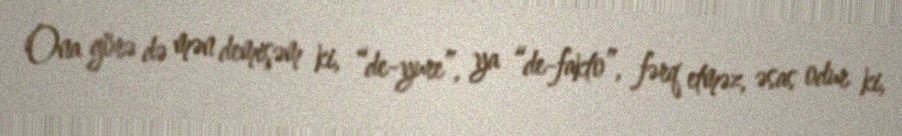
Ona görə də mən demişəm ki, “de-yure”, ya “de-fakto”, fərq etməz, əsas odur ki,